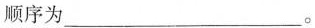
顺序为___。